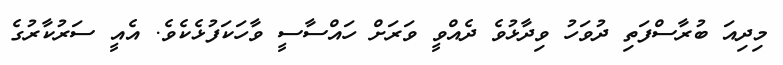
މިދިއަ ބުރާސްފަތި ދުވަހު ވިދާޅުވެ ދެއްވީ ވަރަށް ހައްސާސީ ވާހަކަފުޅެކެވެ. އެއީ ސަރުކާރުގެ